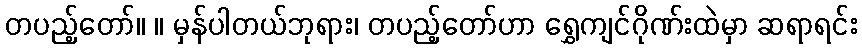
တပည့်တော်။ ။ မှန်ပါတယ်ဘုရား၊ တပည့်တော်ဟာ ရွှေကျင်ဂိုဏ်းထဲမှာ ဆရာရင်း